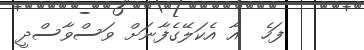
ފަހެ  އާ އެކަލޭގެފާނަށް ވަސްވާސްދީ